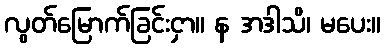
လွတ်မြောက်ခြင်းငှာ။ န အဒါသိ၊ မပေး။